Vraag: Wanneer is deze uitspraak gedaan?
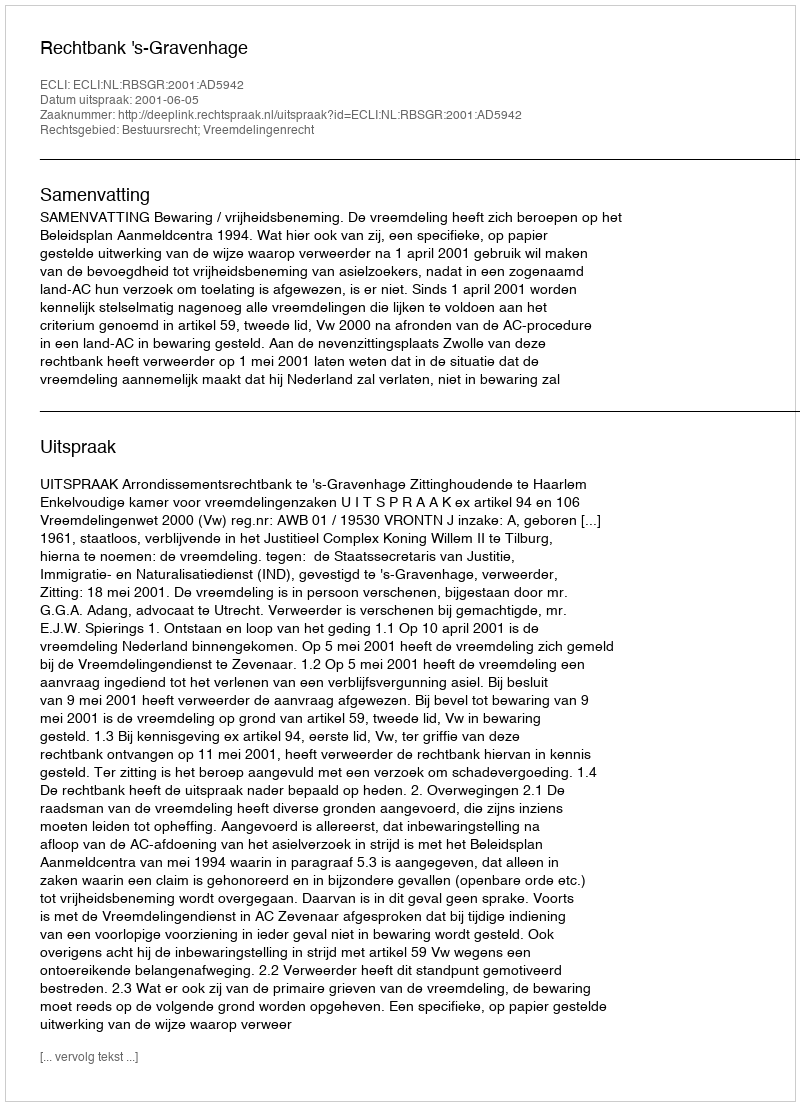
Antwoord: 2001-06-05